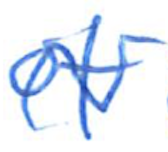
Text: of
Cross-out: wave
Writing tool: ballpoint